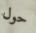
حول